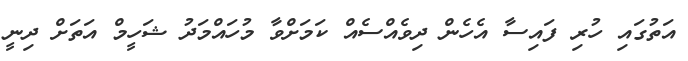
އަތުގައި ހުރި ފައިސާ އެހެން ދިވެއްސެއް ކަމަށްވާ މުހައްމަދު ޝަހީމް އަތަށް ދިނީ